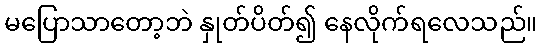
မပြောသာတော့ဘဲ နှုတ်ပိတ်၍ နေလိုက်ရလေသည်။